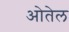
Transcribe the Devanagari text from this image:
ओतेल